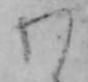
わ